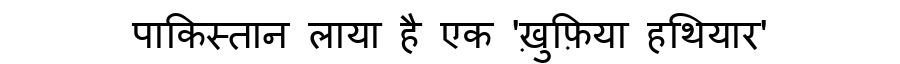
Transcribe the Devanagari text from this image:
पाकिस्तान लाया है एक 'ख़ुफ़िया हथियार'